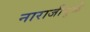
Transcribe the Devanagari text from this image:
नाराजीमुळे